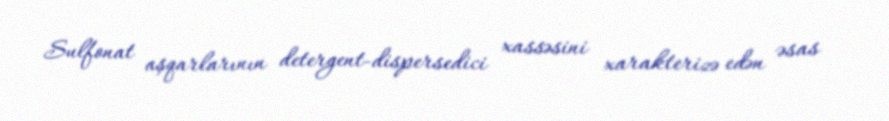
Sulfonat aşqarlarının detergent-dispersedici xassəsini xarakterizə edən əsas